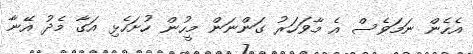
އެހެން ނަމަވެސް އެ މާވަހަރު ގަންނަން މީހުން ހުށަހެޅި އަގާ މެދު އޭނާ